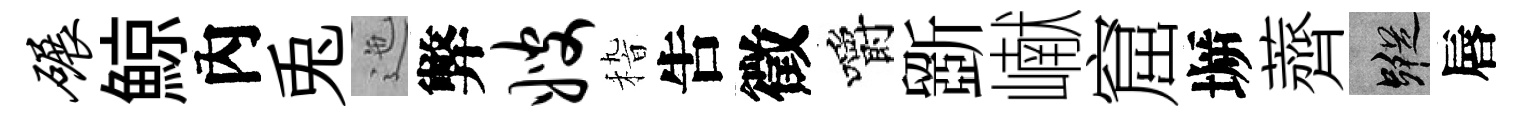
碾鯨內兎迤弊嫂𥟵吿徵嚼斵𪩘窟󶱲薺蹤唇